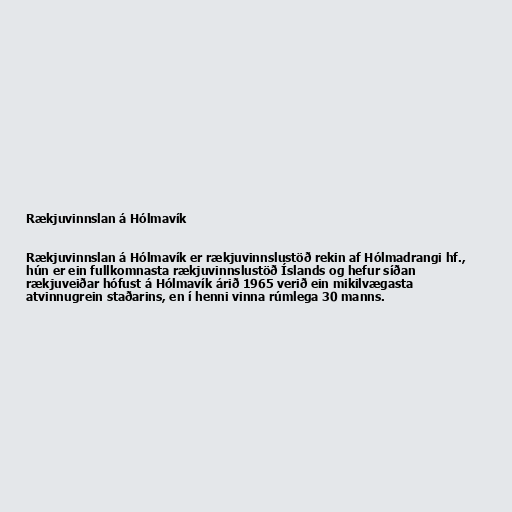
Rækjuvinnslan á Hólmavík

Rækjuvinnslan á Hólmavík er rækjuvinnslustöð rekin af Hólmadrangi hf.,
hún er ein fullkomnasta rækjuvinnslustöð Íslands og hefur síðan
rækjuveiðar hófust á Hólmavík árið 1965 verið ein mikilvægasta
atvinnugrein staðarins, en í henni vinna rúmlega 30 manns.